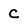
Character: C